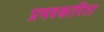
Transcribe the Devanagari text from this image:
प्रभवकारिता